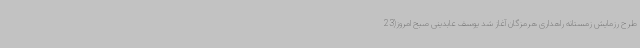
طرح رزمایش زمستانه راهداری هرمزگان آغاز شد یوسف عابدینی صبح امروز(23